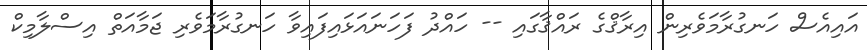
އައިއެސް ހަނގުރާމަވެރިން އިރާޤްގެ ރައްޤާގައި -- ހައްދު ފަހަނައަޅައިފައިވާ ހަނގުރާމަވެރި ޖަމާއަތް އިސްލާމިކް